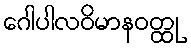
ဂေါပါလဝိမာနဝတ္ထု